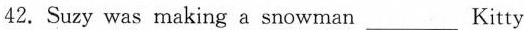
42. Suzy was making a snowman___ Kitty